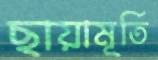
ছায়ামূর্তি